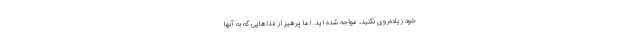
خود زیاده‌روی نکنید، مواجه شده اید. اما پرهیز از غذاهایی که به آنها